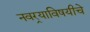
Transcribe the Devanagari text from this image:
नवर्‍याविषयीचे